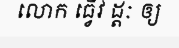
លោក ធ្វើវ ដ្តៈ ឲ្យ